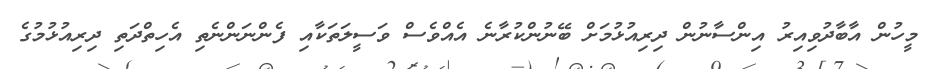
މީހުން އާބާދުވިއިރު އިންސާނުން ދިރިއުޅުމަށް ބޭނުންކުރާނެ އެއްވެސް ވަސީލަތަކާއި ފެންނަންނެތި އެހިތްދަތި ދިރިއުޅުމުގެ